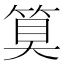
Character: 𮅕